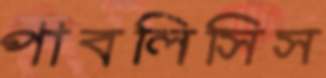
পাবলিসিস